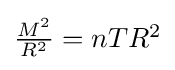
{\textstyle {\frac {M^{2}}{R^{2}}}=nTR^{2}}